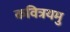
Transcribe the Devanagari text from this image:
कवित्रयमु